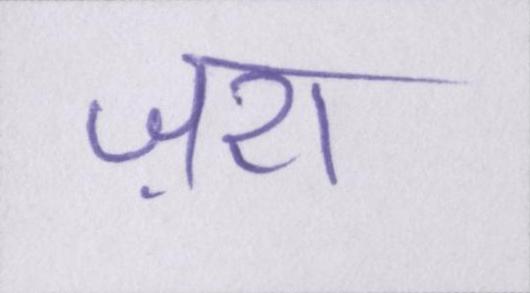
ज़रा